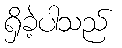
ရှိခဲ့ပါသည်